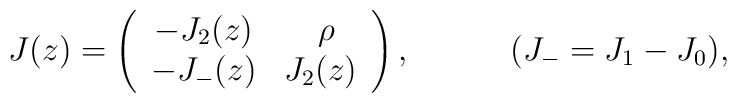
J(z)= \left( \begin{array}{cr} -J_2(z)& \rho~~\\-J_-(z)& J_2(z) \end{array}\right), ~~~~~~~~~(J_-=J_1-J_0),